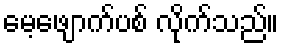
မေ့ဖျောက်ပစ် လိုက်သည်။